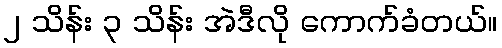
၂ သိန်း ၃ သိန်း အဲဒီလို ကောက်ခံတယ်။